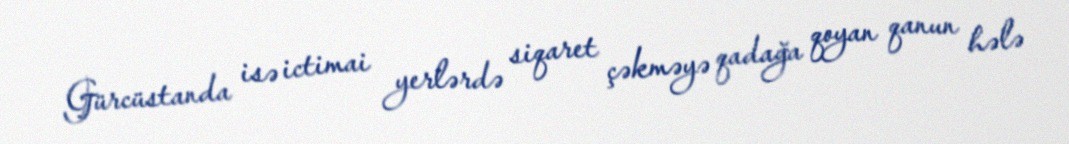
Gürcüstanda isə ictimai yerlərdə siqaret çəkməyə qadağa qoyan qanun hələ